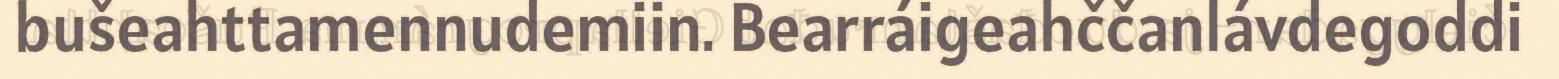
bušeahttamennudemiin. Bearráigeahččanlávdegoddi